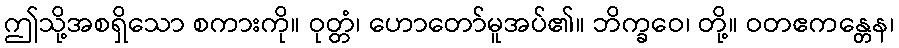
ဤသို့အစရှိသော စကားကို။ ဝုတ္တံ၊ ဟောတော်မူအပ်၏။ ဘိက္ခဝေ၊ တို့။ ဝတဧကန္တေန၊